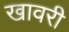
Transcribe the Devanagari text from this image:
खावरी